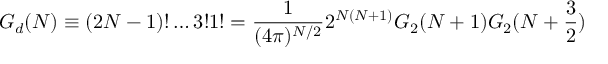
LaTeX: G _ { d } ( N ) \equiv ( 2 N - 1 ) ! \ldots 3 ! 1 ! = { \frac { 1 } { ( 4 \pi ) ^ { N / 2 } } } 2 ^ { N ( N + 1 ) } G _ { 2 } ( N + 1 ) G _ { 2 } ( N + { \frac { 3 } { 2 } } )